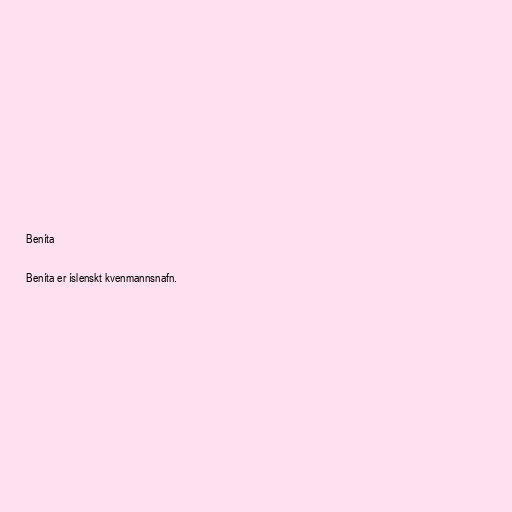
Beníta

Beníta er íslenskt kvenmannsnafn.